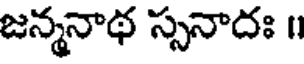
జన్మనాథ స్సనాదః ॥